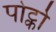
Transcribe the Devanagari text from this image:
पोर्ट्को